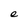
Character: e